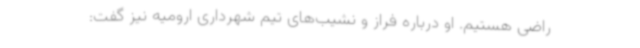
راضی هستیم. او درباره فراز و نشیب‌های تیم شهرداری ارومیه نیز گفت: